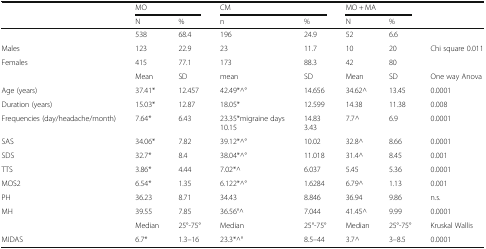
<table><thead><tr><td>[EMPTY_CELL]</td><td colspan="2"><b>MO</b></td><td colspan="2"><b>CM</b></td><td colspan="2"><b>MO + MA</b></td><td>[EMPTY_CELL]</td></tr><tr><td>[EMPTY_CELL]</td><td><b>N</b></td><td><b>%</b></td><td><b>n</b></td><td><b>%</b></td><td><b>N</b></td><td><b>%</b></td><td>[EMPTY_CELL]</td></tr></thead><tbody><tr><td>[EMPTY_CELL]</td><td>538</td><td>68.4</td><td>196</td><td>24.9</td><td>52</td><td>6.6</td><td>[EMPTY_CELL]</td></tr><tr><td>Males</td><td>123</td><td>22.9</td><td>23</td><td>11.7</td><td>10</td><td>20</td><td rowspan="2">Chi square 0.011</td></tr><tr><td>Females</td><td>415</td><td>77.1</td><td>173</td><td>88.3</td><td>42</td><td>80</td></tr><tr><td>[EMPTY_CELL]</td><td>Mean</td><td>SD</td><td>mean</td><td>SD</td><td>Mean</td><td>SD</td><td>One way Anova</td></tr><tr><td>Age (years)</td><td>37.41*</td><td>12.457</td><td>42.49*^°</td><td>14.656</td><td>34.62^</td><td>13.45</td><td>0.0001</td></tr><tr><td>Duration (years)</td><td>15.03*</td><td>12.87</td><td>18.05*</td><td>12.599</td><td>14.38</td><td>11.38</td><td>0.008</td></tr><tr><td>Frequencies (day/headache/month)</td><td>7.64*</td><td>6.43</td><td>23.35*migraine days10.15</td><td>14.833.43</td><td>7.7^</td><td>6.9</td><td>0.0001</td></tr><tr><td>SAS</td><td>34.06*</td><td>7.82</td><td>39.12*^°</td><td>10.02</td><td>32.8^</td><td>8.66</td><td>0.0001</td></tr><tr><td>SDS</td><td>32.7*</td><td>8.4</td><td>38.04*^°</td><td>11.018</td><td>31.4^</td><td>8.45</td><td>0.001</td></tr><tr><td>TTS</td><td>3.86*</td><td>4.44</td><td>7.02*^</td><td>6.037</td><td>5.45</td><td>5.36</td><td>0.0001</td></tr><tr><td>MOS2</td><td>6.54*</td><td>1.35</td><td>6.122*^°</td><td>1.6284</td><td>6.79^</td><td>1.13</td><td>0.001</td></tr><tr><td>PH</td><td>36.23</td><td>8.71</td><td>34.43</td><td>8.846</td><td>36.94</td><td>9.86</td><td>n.s.</td></tr><tr><td>MH</td><td>39.55</td><td>7.85</td><td>36.56°^</td><td>7.044</td><td>41.45^</td><td>9.99</td><td>0.0001</td></tr><tr><td>[EMPTY_CELL]</td><td>Median</td><td>25°-75°</td><td>Median</td><td>25°-75°</td><td>Median</td><td>25°-75°</td><td>Kruskal Wallis</td></tr><tr><td>MIDAS</td><td>6.7*</td><td>1.3–16</td><td>23.3*^°</td><td>8.5–44</td><td>3.7^</td><td>3–8.5</td><td>0.0001</td></tr></tbody></table>